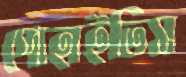
পোহাইতিস